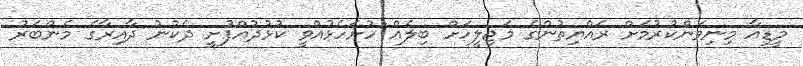
މީޑިއާ މިނިވަންކުރުމަށް ރައްޔިތުންގެ މަޖިލީހަށް ބިލެއް ހުށަހެޅުއްވީ ކުޅުދުއްފުށީ ދެކުނު ދާއިރާގެ މެންބަރު